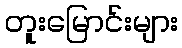
တူးမြောင်းများ